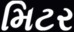
મિટર